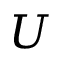
U